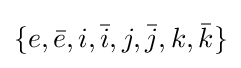
\{e,{\bar {e}},i,{\bar {i}},j,{\bar {j}},k,{\bar {k}}\}